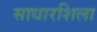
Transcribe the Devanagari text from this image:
साधारशिला